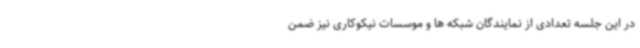
در این جلسه تعدادی از نمایندگان شبکه ها و موسسات نیکوکاری نیز ضمن